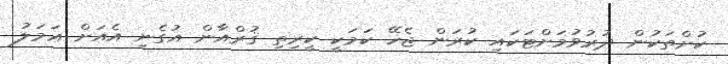
ކުށްތަކުން ދުރުވުމަށްޓަކައި ކުރަން ޖެހޭ ކަމަކީ ކީރިތި ޤުރްއާން އުގެނި އެއަށް ޢަމަލު